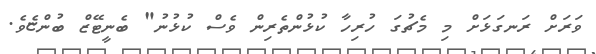
ވަރަށް ރަނގަޅަށް މި މެޗުގަ ހުރިހާ ކުޅުންތެރިން ވެސް ކުޅުނު" ބެނީޓޭޒް ބުންޏެވެ.